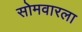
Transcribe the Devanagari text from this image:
सोमवारला